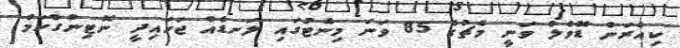
ކިއެރަން ޑޮވެލް ވަނީ މެޗުގެ 85 ވަނަ މިނެޓުގައި ލަނޑެއް ޖަހައިދީ ނޮޓިންގްހަމް